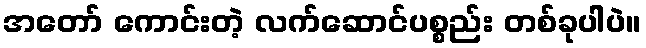
အတော် ကောင်းတဲ့ လက်ဆောင်ပစ္စည်း တစ်ခုပါပဲ။